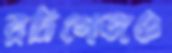
রদ্রিগেজও